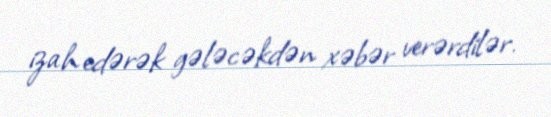
izah edərək gələcəkdən xəbər verərdilər.